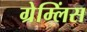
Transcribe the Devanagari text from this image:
ग्रेम्लिंस